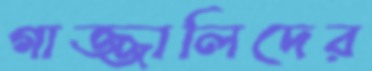
গাজ্জালিদের